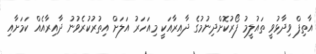
އާތިފް ވިދާޅުވީ ތައުލީމު ފޯރުކޮށްދިނުމުގެ ދާއިރާއަކީ މިއަހަރު އަލަށް އިތުރުކުރެވުނު ދާއިރާއެއް ކަމަށާއި